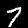
Digit: 7